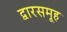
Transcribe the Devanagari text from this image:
द्वारसमूह